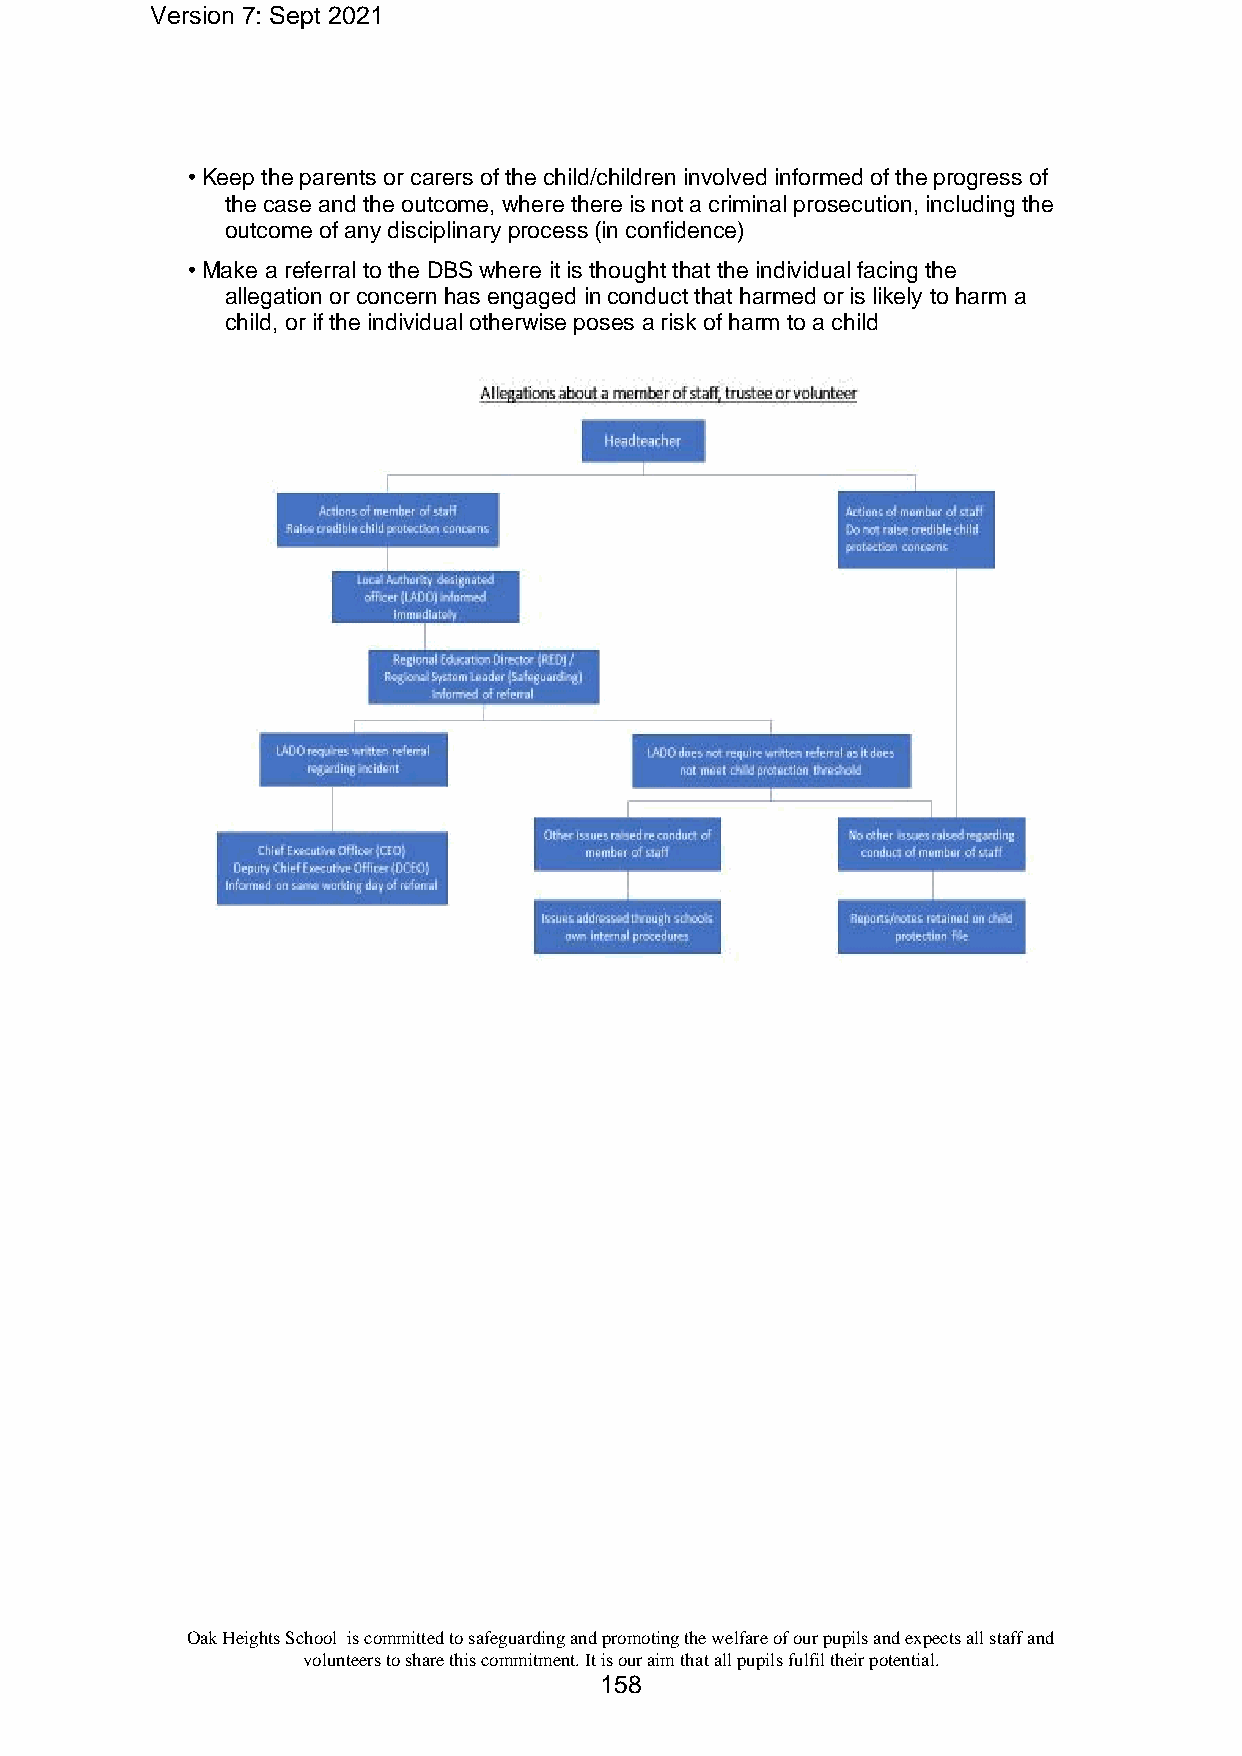
Version 7: Sept 2021
 • Keep the parents or carers of the child/children involved informed of the progress of
 the case and the outcome, where there is not a criminal prosecution, including the
 outcome of any disciplinary process (in confidence)
 • Make a referral to the DBS where it is thought that the individual facing the
 allegation or concern has engaged in conduct that harmed or is likely to harm a
 child, or if the individual otherwise poses a risk of harm to a child
 Oak Heights School is committed to safeguarding and promoting the welfare of our pupils and expects all staff and
 volunteers to share this commitment. It is our aim that all pupils fulfil their potential.
 158